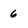
Character: 6